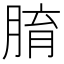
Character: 𦝑